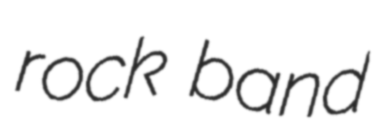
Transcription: rock band